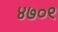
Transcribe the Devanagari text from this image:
४७०९